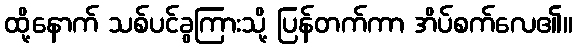
ထို့နောက် သစ်ပင်ခွကြားသို့ ပြန်တက်ကာ အိပ်စက်လေ၏။